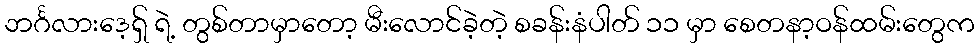
ဘင်္ဂလားဒေ့ရှ် ရဲ့ တွစ်တာမှာတော့ မီးလောင်ခဲ့တဲ့ စခန်းနံပါတ် ၁၁ မှာ စေတနာ့ဝန်ထမ်းတွေက